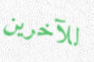
للآخرين